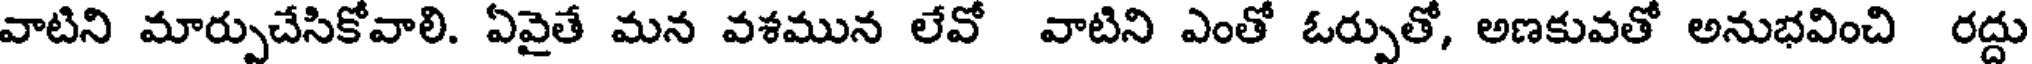
వాటిని మార్పుచేసికోవాలి. ఏవైతే మన వశమున లేవో వాటిని ఎంతో ఓర్పుతో, అణకువతో అనుభవించి రద్దు